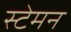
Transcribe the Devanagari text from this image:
स्टेमन